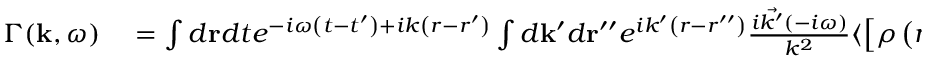
\begin{array} { r l } { \Gamma ( \mathbf { k } , \omega ) } & { { } = \int d \mathbf { r } d t e ^ { - i \omega \left( t - t ^ { \prime } \right) + i k \left( r - r ^ { \prime } \right) } \int d \mathbf { k } ^ { \prime } d \mathbf { r } ^ { \prime \prime } e ^ { i k ^ { \prime } \left( r - r ^ { \prime \prime } \right) } \frac { i \vec { k ^ { \prime } } ( - i \omega ) } { k ^ { 2 } } \langle \left[ \rho \left( r ^ { \prime \prime } , t \right) , \psi ^ { \dagger } \left( r ^ { \prime } , t ^ { \prime } \right) \right] \rangle } \end{array}